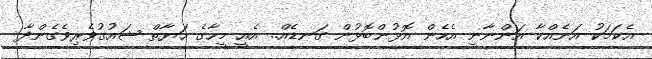
އެކަމަކު އަނެއްކާ އަންނާނީ އެހެން އޮޅުންބޮޅުން ގަނޑެއް.. އެއީ މީހާގެ ހަޔާތް ޝައުގުވެރިވެގެންދާ